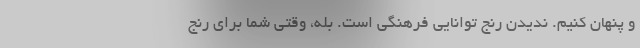
و پنهان کنیم. ندیدن رنج توانایی فرهنگی است. بله، وقتی شما برای رنج